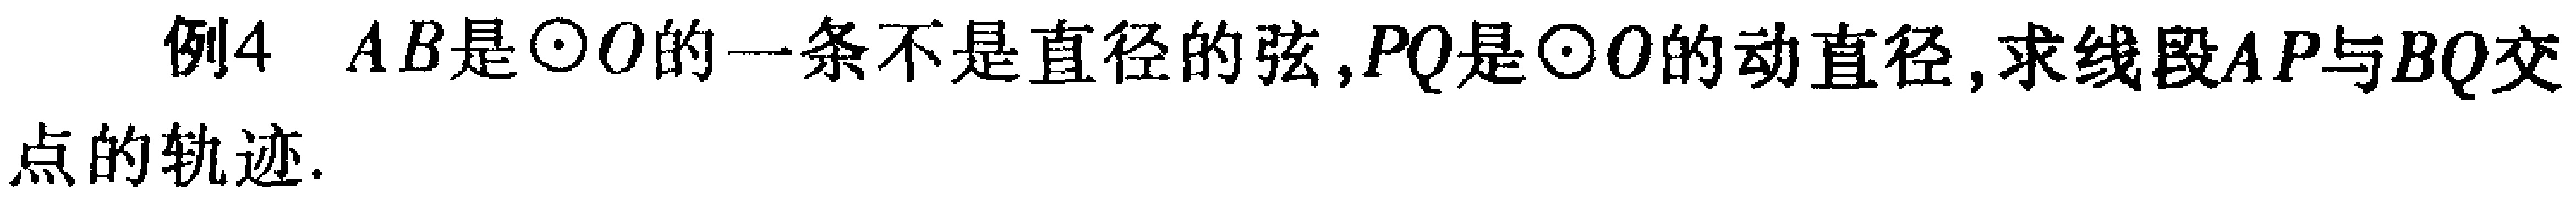
例4 \(AB\)是\(\odot O\)的一条不是直径的弦,\(PQ\)是\(\odot O\)的动直径,求线段\(AP\)与\(BQ\)交点的轨迹.